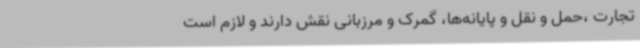
تجارت ،حمل و نقل و پایانه‌ها، گمرک و مرزبانی نقش دارند و لازم است